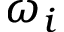
\omega _ { i }